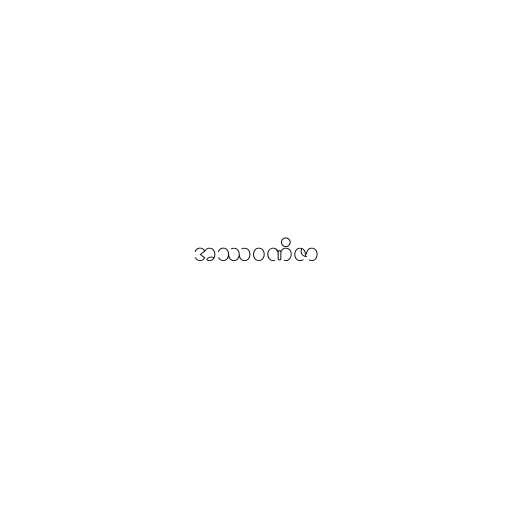
အဿဝဏိဇာ